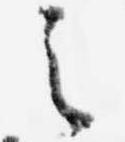
之